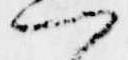
つ